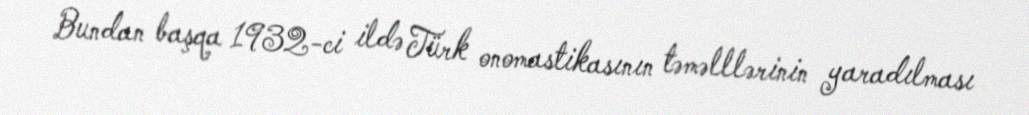
Bundan başqa 1932-ci ildə Türk onomastikasının təməlllərinin yaradılması